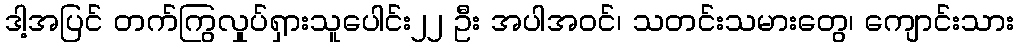
ဒါ့အပြင် တက်ကြွလှုပ်ရှားသူပေါင်း၂၂ ဦး အပါအဝင်၊ သတင်းသမားတွေ၊ ကျောင်းသား